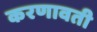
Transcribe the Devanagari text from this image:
करणावती